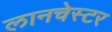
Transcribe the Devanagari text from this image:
लानचेस्टर